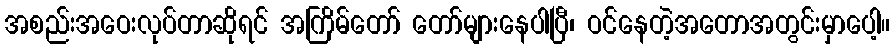
အစည်းအဝေးလုပ်တာဆိုရင် အကြိမ်တော် တော်များနေပါပြီ၊ ဝင်နေတဲ့အတောအတွင်းမှာပေါ့။